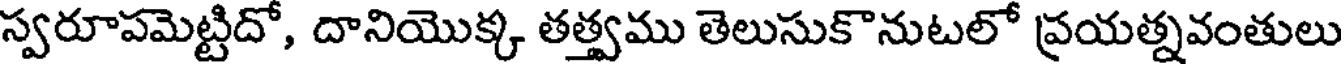
స్వరూపమెట్టిదో, దానియొక్క తత్త్వము తెలుసుకొనుటలో ప్రయత్నవంతులు